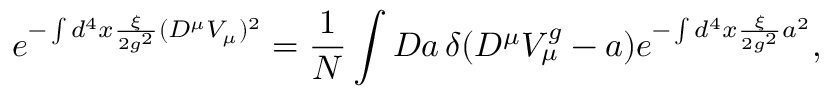
e ^ { - \int d ^ { 4 } x \frac { \xi } { 2 g ^ { 2 } } ( D ^ { \mu } V _ { \mu } ) ^ { 2 } } = \frac { 1 } { N } \int { \cal D } a \, \delta ( D ^ { \mu } V _ { \mu } ^ { g } - a ) e ^ { - \int d ^ { 4 } x \frac { \xi } { 2 g ^ { 2 } } a ^ { 2 } } ,